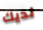
لديك